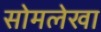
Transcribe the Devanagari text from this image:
सोमलेखा